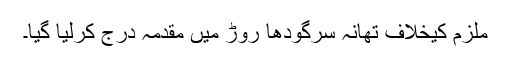
ملزم کیخلاف تھانہ سرگودھا روڑ میں مقدمہ درج کرلیا گیا۔